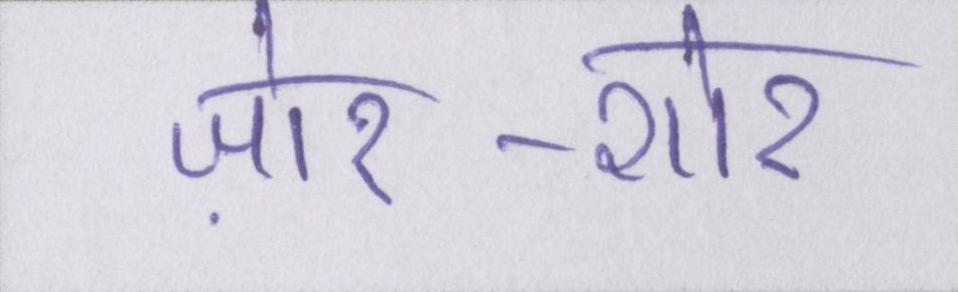
ज़ोर-शोर